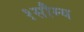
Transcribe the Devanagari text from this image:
१सौम्य